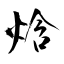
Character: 焓